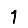
Digit: 1